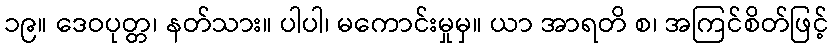
၁၉။ ဒေဝပုတ္တ၊ နတ်သား။ ပါပါ၊ မကောင်းမှုမှ။ ယာ အာရတိ စ၊ အကြင်စိတ်ဖြင့်